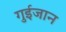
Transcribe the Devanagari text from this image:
गुईजान